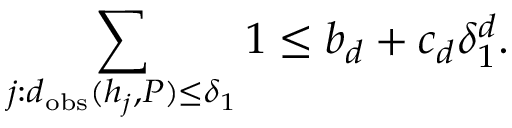
\sum _ { j : d _ { \mathrm { o b s } } ( h _ { j } , P ) \leq \delta _ { 1 } } 1 \leq b _ { d } + c _ { d } \delta _ { 1 } ^ { d } .